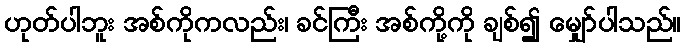
ဟုတ်ပါဘူး အစ်ကိုကလည်း၊ ခင်ကြီး အစ်ကို့ကို ချစ်၍ မျှော်ပါသည်။